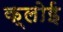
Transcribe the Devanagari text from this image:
क्लोई